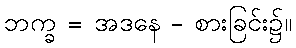
ဘက္ခ = အဒနေ - စားခြင်း၌။